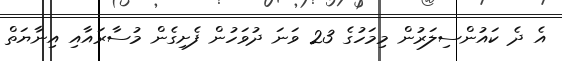
އެ ދެ ކައުންސިލަރުން މިމަހުގެ 23 ވަނަ ދުވަހުން ފެށިގެން މުސާރައާއި އިނާޔަތް